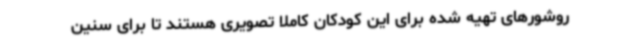
روشورهای تهیه شده برای این کودکان کاملا تصویری هستند تا برای سنین